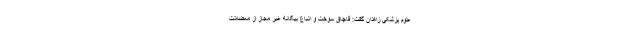
علوم پزشکی زاهدان گفت: قاچاق سوخت و اتباع بیگانه غیر مجاز از معضلات